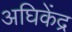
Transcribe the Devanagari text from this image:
अघिकेंद्र